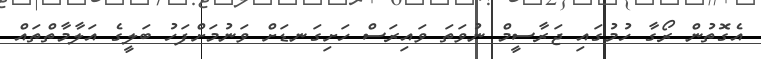
އެގޮތުން ރޯގާ ހުމުގައި ޖަރާސީމް ނުވަތަ ވައިރަސް ހަށިގަނޑަށް ވަނުމަށްފަހު ބަލީގެ އަލާމާތްތައް